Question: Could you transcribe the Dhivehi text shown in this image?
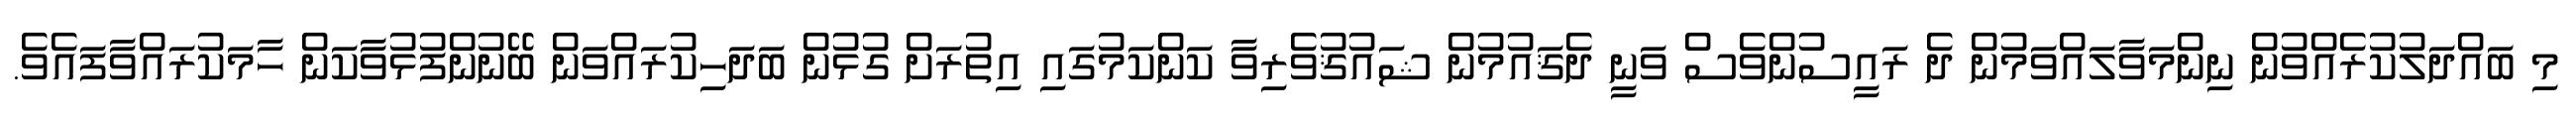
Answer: މި ބައްދަލުކުރެއްވުން ނިންމަވާލައްވަމުން ދެ ރައީސުންވެސް ވަނީ ދެޤައުމުން ޝައުޤުވެރިވާ ކަންކަމުގައި އިތުރަށް ގުޅުން ބަދަހިކުރައްވަން ބޭނުންފުޅުވާކަން ހާމަކުރައްވާފައެވެ.